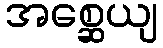
အစ္ဆေယျ